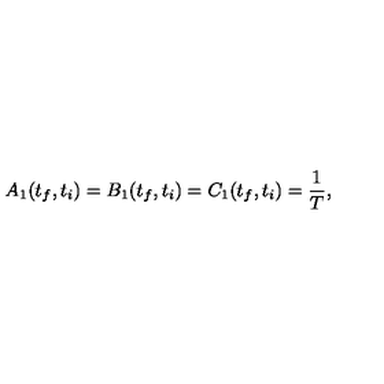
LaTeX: A _ { 1 } ( t _ { f } , t _ { i } ) = B _ { 1 } ( t _ { f } , t _ { i } ) = C _ { 1 } ( t _ { f } , t _ { i } ) = \frac { 1 } { T } ,